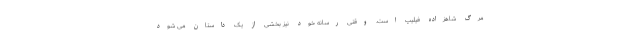
مرگ شاهزاده فیلیپ است. وقتی رسانه خود نیز بخشی از یک داستان می شود